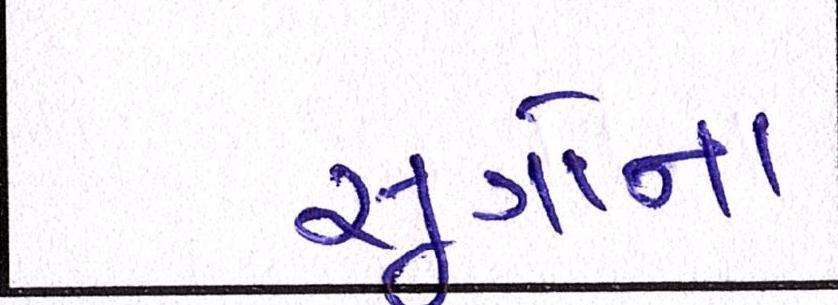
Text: સૂત્રોના